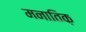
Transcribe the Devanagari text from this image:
मनातिक़